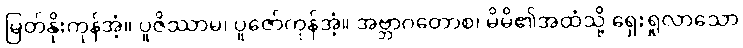
မြတ်နိုးကုန်အံ့။ ပူဇိဿာမ၊ ပူဇော်ကုန်အံ့။ အဗ္ဘာဂတောစ၊ မိမိ၏အထံသို့ ရှေးရှုလာသော